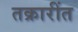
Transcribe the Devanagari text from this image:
तक्रारींत